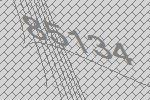
85134